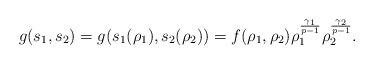
LaTeX: \begin{align*}g(s_{1},s_{2})=g(s_{1}(\rho_{1}),s_{2}(\rho_{2}))=f(\rho_{1},\rho_{2})\rho_{1}^{\frac{\gamma_{1}}{p-1}}\rho_{2}^{\frac{\gamma_{2}}{p-1}}.\end{align*}